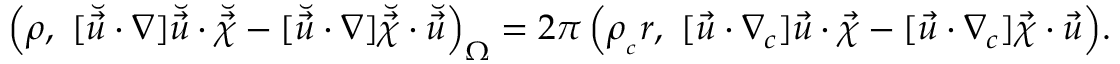
\Bigl ( \rho , ~ [ \breve { \vec { u } } \cdot \nabla ] \breve { \vec { u } } \cdot \breve { \vec { \chi } } - [ \breve { \vec { u } } \cdot \nabla ] \breve { \vec { \chi } } \cdot \breve { \vec { u } } \Bigr ) _ { \Omega } = 2 \pi \, \Bigl ( \rho _ { _ c } r , ~ [ \vec { u } \cdot \nabla _ { c } ] \vec { u } \cdot \vec { \chi } - [ \vec { u } \cdot \nabla _ { c } ] \vec { \chi } \cdot \vec { u } \Bigr ) .